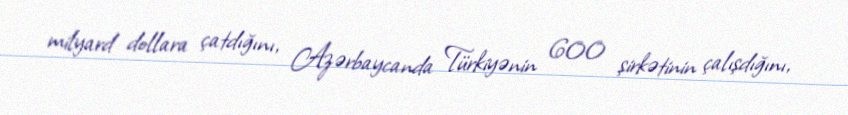
milyard dollara çatdığını, Azərbaycanda Türkiyənin 600 şirkətinin çalışdığını,